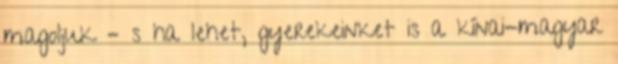
magoljuk – s ha lehet, gyerekeinket is a kínai-magyar